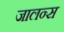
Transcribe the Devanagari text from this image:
जालन्स